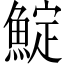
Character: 𩸎